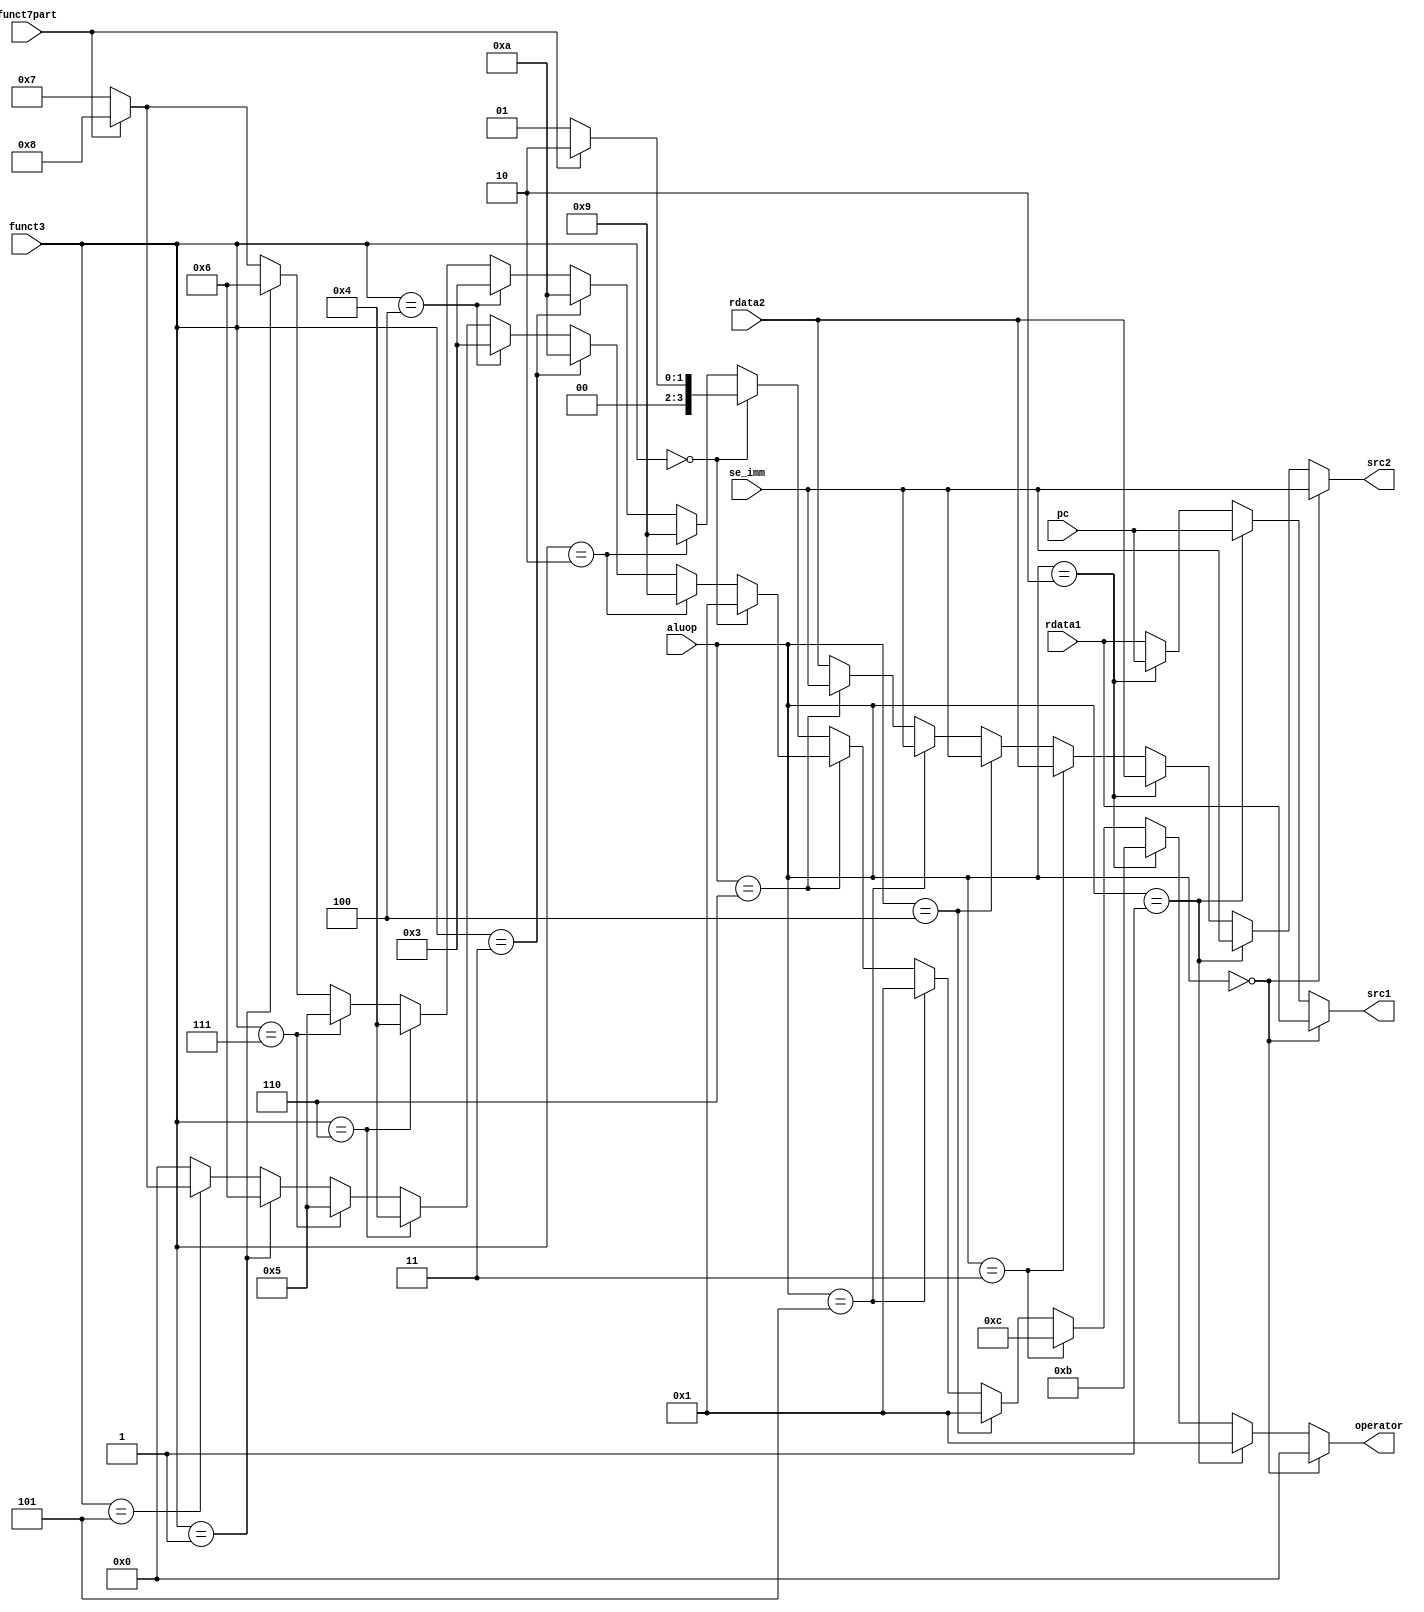
module alucontrol (
    input funct7part, //Instruction [30]
    input [2:0] funct3,
    input [2:0] aluop,
    output [3:0] operator,
    
    input [31:0] pc,
    input [31:0] rdata1,
    input [31:0] rdata2,
    input [31:0] se_imm,
    output [31:0] src1,
    output [31:0] src2
    
);
    reg [3:0] operator;
    reg [31:0] src1;
    reg [31:0] src2;

    always @*
        begin
            if (aluop == 3'b000)          // LUI instruction
                begin
                    src1 = rdata1;
                    src2 = se_imm;
                    operator = 4'b0000;    //NOP operation
                end
            else if (aluop == 3'b001)     // AUIPC instruction
                begin
                    src1 = pc;
                    src2 = se_imm;
                    operator = 4'b0001; //ADD operation to be performed
                end
            else if (aluop == 3'b010)   // JAL/JALR instruction
                begin
                    src1 = pc;
                    src2 = rdata2;
                    operator  = 4'b1011; // ADD operation
                end
            else if (aluop == 3'b011)
                begin
                    src1 = rdata1;
                    src2 = rdata2;
                    operator = 4'b1100; // Branch operation
                end
            else if (aluop == 3'b100)   // Load instruction
                begin
                    src1 = rdata1;
                    src2 = se_imm;
                    operator = 4'b0001; // ADD operation to be performed
                end
            else if (aluop == 3'b101)  // Store operation
                begin
                    src1 = rdata1;
                    src2 = se_imm;
                    operator = 4'b0001; //ADD operation to be performed
                end
            else if (aluop == 3'b110)  // Immediate type ALU operations
                begin
                    src1 = rdata1;
                    src2 = se_imm;
                    if (funct3 == 3'b000)     //ADDI
                        operator = 4'b0001;  //ADD operation
                    else if (funct3 == 3'b010) //SLTI
                        operator = 4'b1001;
                    else if (funct3 == 3'b011) //SLTIU 
                        operator = 4'b1010;
                    else if (funct3 == 3'b100) //XORI
                        operator = 4'b0011;
                    else if (funct3 == 3'b110) //ORI
                        operator = 4'b0100;
                    else if (funct3 == 3'b111) //ANDI
                        operator = 4'b0101;
                    else if (funct3 == 3'b001) //SLLI
                        operator = 4'b0110;
                    else if (funct3 == 3'b101)
                        begin
                            if (funct7part == 0) //SRLI
                                operator = 4'b0111;
                            else               //SRAI
                                operator = 4'b1000;
                        end
                    else
                        operator = 4'b0000;  // Invalid; default NOP operation
                end
            else  // 111 - Regular R to R type ALU operations
                begin
                    src1 = rdata1;
                    src2 = rdata2;
                    if (funct3 == 3'b000)     
                        begin
                            if (funct7part == 0)        //ADD
                                operator = 4'b0001;
                            else                      //SUB
                                operator = 4'b0010;  
                        end
                    else if (funct3 == 3'b010) //SLT
                        operator = 4'b1001;
                    else if (funct3 == 3'b011) //SLTU 
                        operator = 4'b1010;
                    else if (funct3 == 3'b100) //XOR
                        operator = 4'b0011;
                    else if (funct3 == 3'b110) //OR
                        operator = 4'b0100;
                    else if (funct3 == 3'b111) //AND
                        operator = 4'b0101;
                    else if (funct3 == 3'b001) //SLL
                        operator = 4'b0110;
                    else //  (funct3 == 3'b101) & default
                        begin
                            if (funct7part == 0) //SRL
                                operator = 4'b0111;
                            else               //SRA
                                operator = 4'b1000;
                        end
                end
                                   
        end        
            
    
endmodule